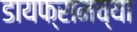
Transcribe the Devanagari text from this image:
डायफ्रामच्या